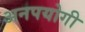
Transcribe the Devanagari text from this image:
अनपयोगी